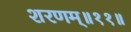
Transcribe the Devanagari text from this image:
शरणम्॥११॥